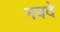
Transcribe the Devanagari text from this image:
नवदे